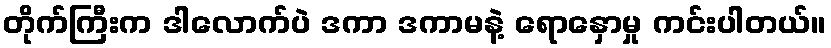
တိုက်ကြီးက ဒါလောက်ပဲ ဒကာ ဒကာမနဲ့ ရောနှောမှု ကင်းပါတယ်။